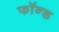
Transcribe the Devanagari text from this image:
फॉन्ड